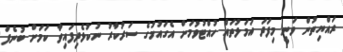
ރައްޔިތުން ވަނީ މިފަދަ އަމަލުތައް ހުއްޓުވުމަށް އެގައުމުގެ ސަރުކާރު ނުކުޅެދިފައިވާ ކަމަށް ބުނެފަ